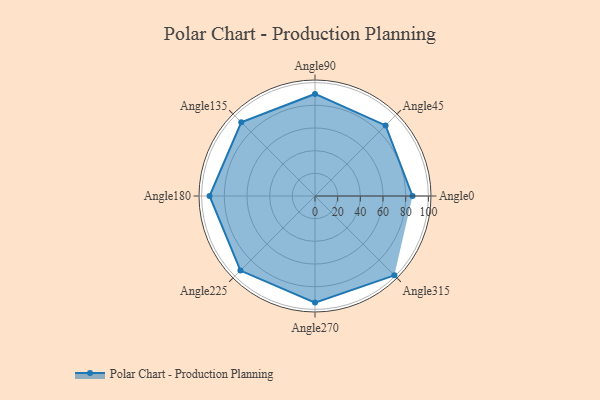
{"axis": {"x": "Angle", "y": "Radius"}, "legend": [""], "data": [{"x": "Angle0", "y": 86.0, "type": ""}, {"x": "Angle45", "y": 88.0, "type": ""}, {"x": "Angle90", "y": 90.0, "type": ""}, {"x": "Angle135", "y": 92.0, "type": ""}, {"x": "Angle180", "y": 93.0, "type": ""}, {"x": "Angle225", "y": 93.0, "type": ""}, {"x": "Angle270", "y": 94.0, "type": ""}, {"x": "Angle315", "y": 99.0, "type": ""}]}